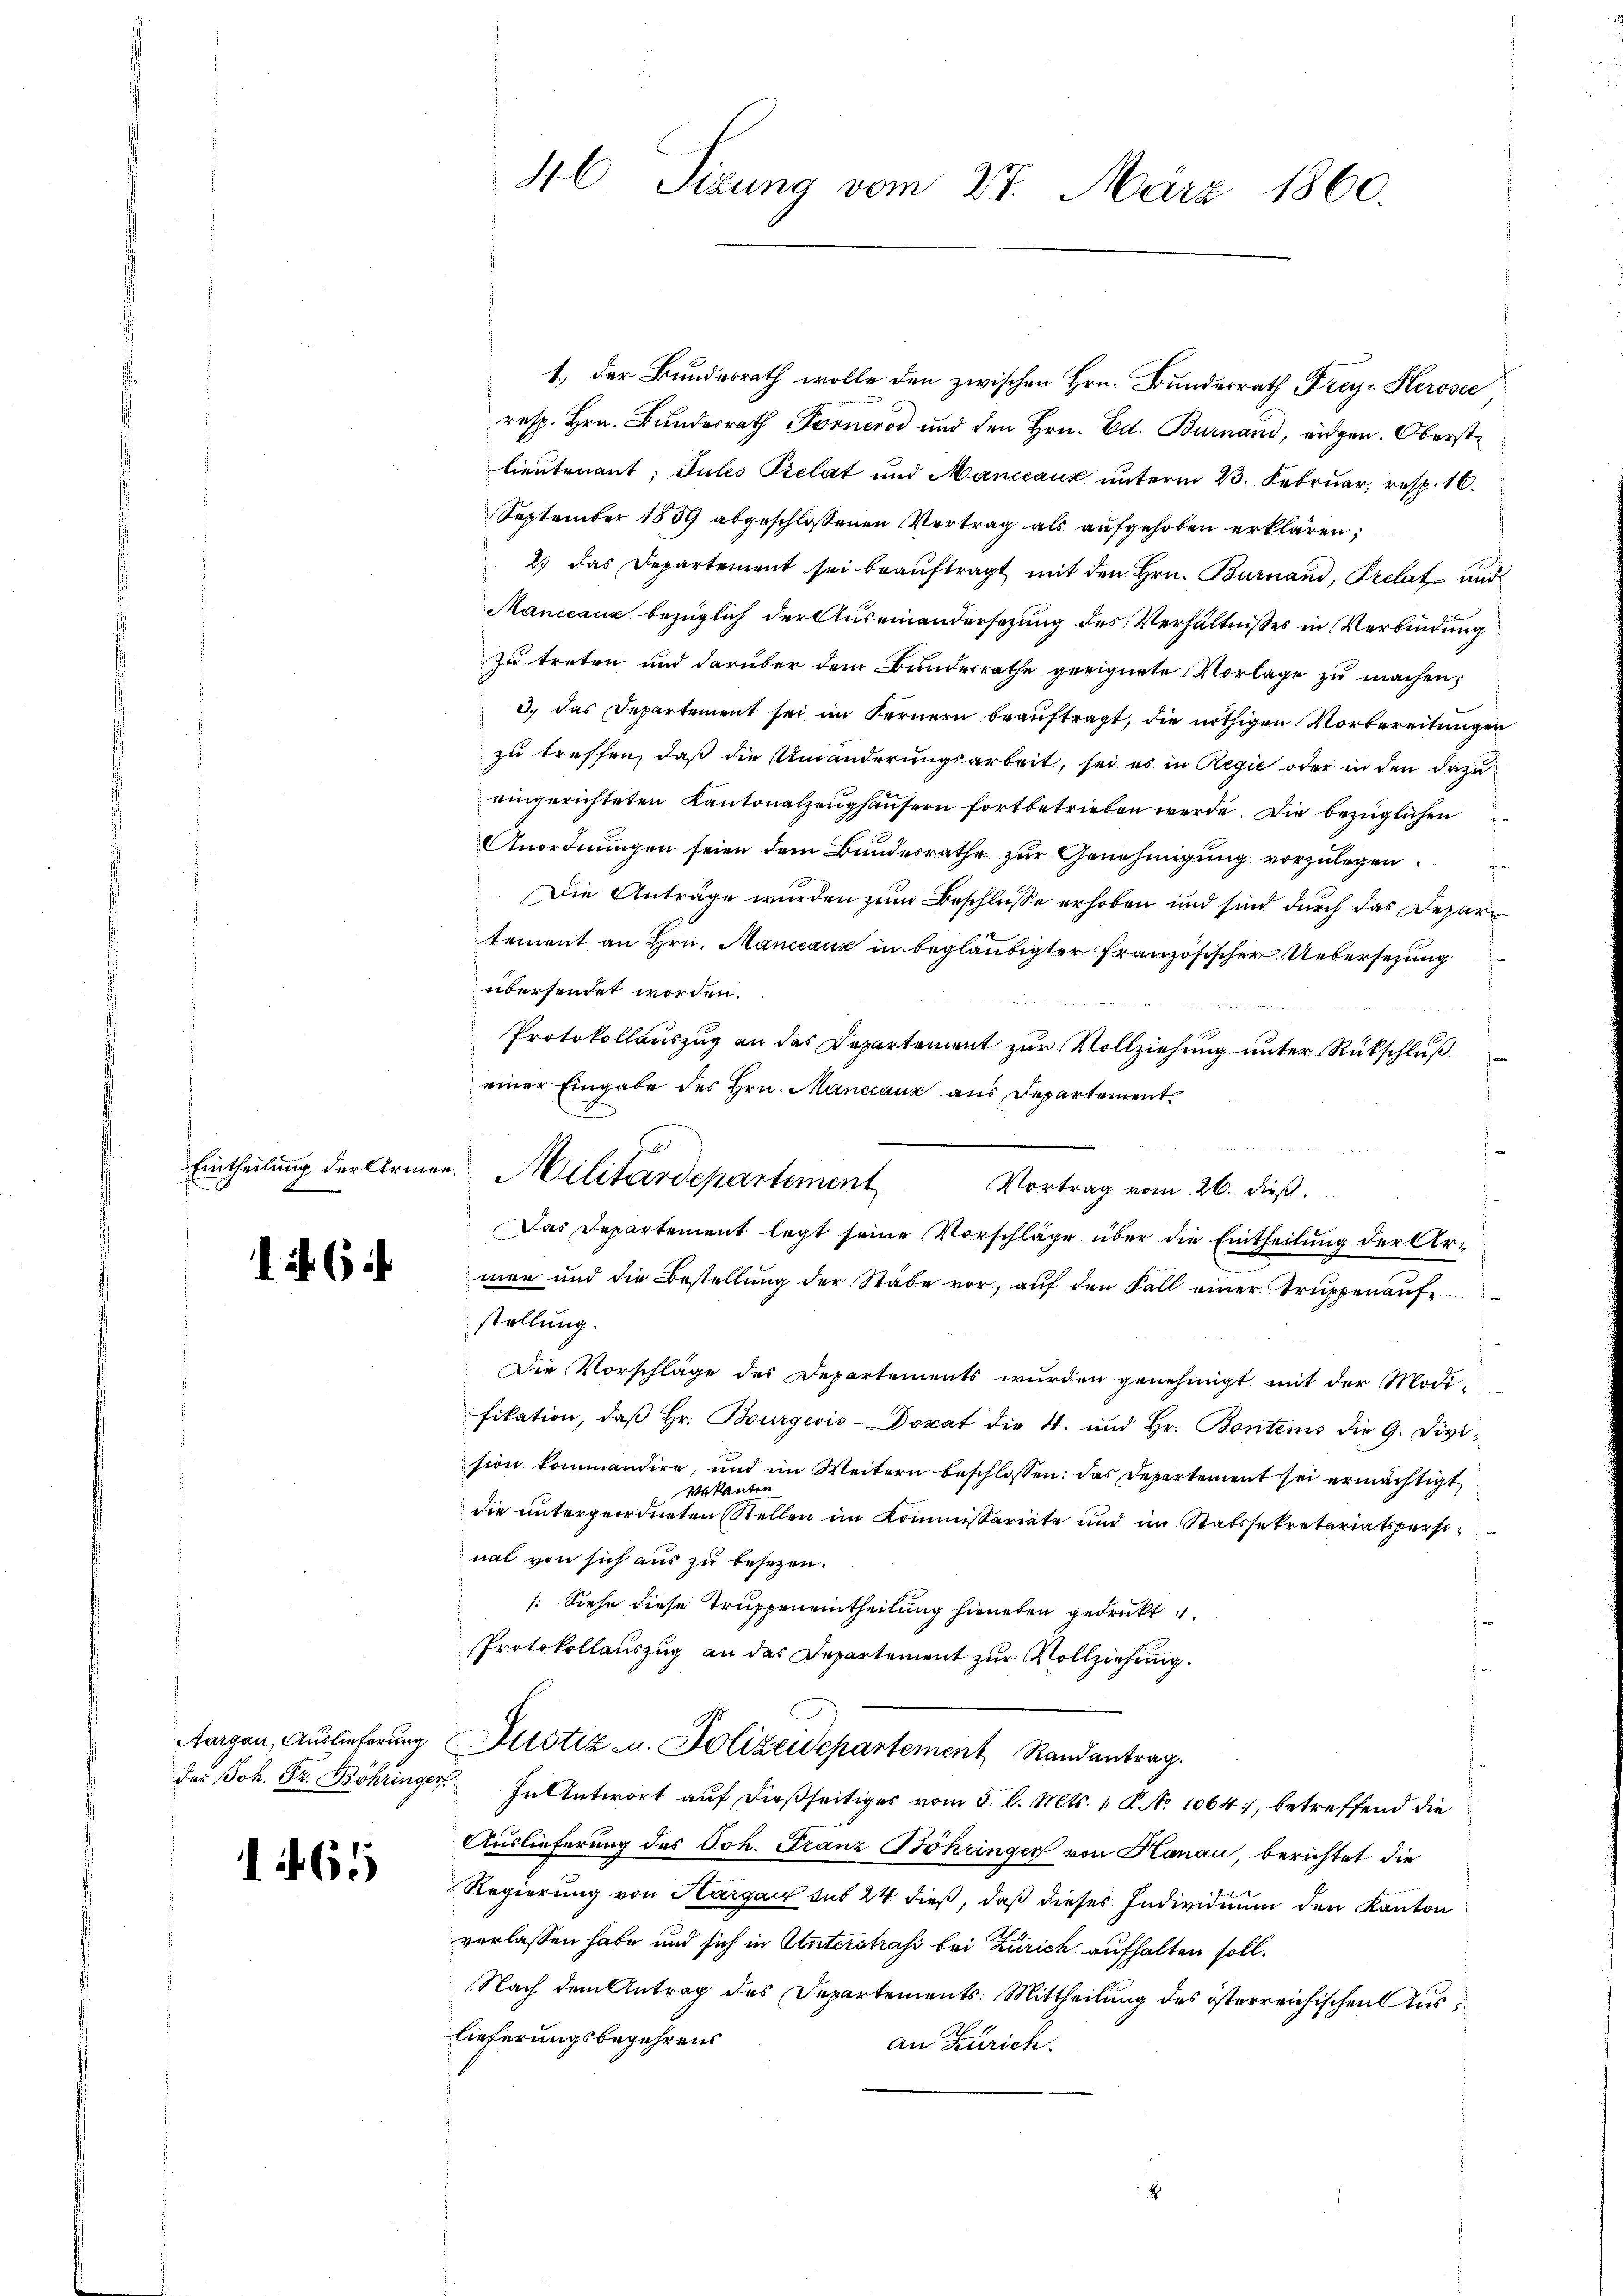
1 6

1465

1.) Der Bundesrath wolle den zwischen Hrn. Bundesrath Frey-Herosec
resp. Hrn. Bundesrath Forneros und den Hrn. Ed. Burnand, eidgen. Oberst
lieutenant. Julis Prelat und Manccauz ŭnterm 23. Februar, resp. 16.
September 1859 abgeschlossenen Vertrag als aufgehoben erklären;
2) das Departement sei beaŭftragt mit den Hrn. Burnand, Prelat und
Manicauz bezüglich der Auseinandersezung des Verhältnisses in Verbindung
zu treten und darüber dem Bundesrathe geeignete Vorlage zŭ machen;
3.) das Departement sei im Fernern beauftragt, die nöthigen Vorbereitungen
zu treffen, daß die Umänderungsarbeit, sei es in Regie oder in den dazu
eingerichteten Kantonalzeughäusern fortbetrieben werde. Die bezüglichen
Anordnungen seien dem Bundesrathe zur Genehmigung vorzulegen.
Die Anträge wurden zum Beschlusse erhoben und sind durch das Departement an Hrn. Mancanz in beglaubigter französischer Uebersezung
übersendet worden.
Protokollauszug an das Departement zur Vollziehung unter Rückschluß
einer Eingabe des Hrn. Manccaux aus Departement
men und die Bestellŭng der Stabe vor, aŭf den Fall einer Trŭppenaŭfe
stellung.
Die Vorschläge des Departements wurden genehmigt mit der Modifikation, daβ hr. Bourgeois-Dokat die 4. und Hr. Bonitens die G. Division kommandire, und im Weitern beschlossen: das Departement sei ermächtigt
Makanter
die untergeordneten Stellen im Kommissariate und im Statssekretariatspersonal von sich aus zu besezen.
: Siehe diese Truppeneintheilung hieneben gedruckt
Protokollauszug an das Departement zur Vollziehung.
Aargau, Auslieferung Justiz- u. Polizeidepartement Randantrag.
des Joh. Fr. Bohringer. In Antwort aŭf dießseitiges vom 5. l. Mts. 1. P. No 1064), betreffend die
Auslieferung des Joh. Franz Bohringer von Hanau, berichtet die
Regierung von Aargau sub 24 dieß, daß dieses Individuum den Kanton
verlassen habe und sich in Unterstraf bei Zürich aufhalten soll.
Nach dem Antrag des Departements: Mittheilung des österreichischen Auslieferungsbegehrens
an Zürich.
Er

46.
Sizung vom 27. März 1860.

s
Eintheilung der Armen. Militärdepartement
Vortrag vom 26. dieß.
Das Departement legt seine Vorschläge über die Eintheilung der Arz